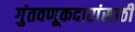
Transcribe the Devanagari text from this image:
गुंतवणूकदारांसाठी